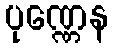
ပုဏ္ဏေန